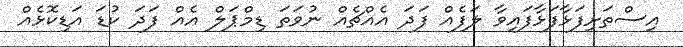
އިސްތަށިފަޅާފަޅާފައިވާ ލަފެއް ފަދަ އެއްޗެއް ނުވަތަ ޑިމްޕަލް އެއް ފަދަ ކުޑަ އަޑިކޮޅެއް